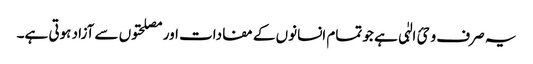
یہ صرف وحئ الہٰی ہے جو تمام انسانوں کے مفادات اور مصلحتوں سے آزاد ہوتی ہے۔